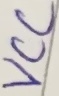
Text: VCC